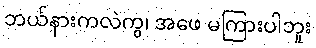
ဘယ်နားကလဲကွ၊ အဖေ မကြားပါဘူး